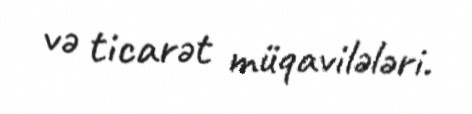
və ticarət müqavilələri.